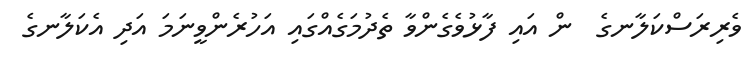
ވެރިރަސްކަލާނގެ  ން އައި ފާޅުވެގެންވާ ތެދުމަގެއްގައި އަހުރެންވީނަމަ އަދި އެކަލާނގެ